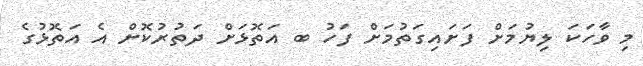
މި ވާހަކަ ލިޔުމަށް ފަށައިގަތުމަށް ފަހު ބ އަތޮޅަށް ދަތުރުކޮށް އެ އަތޮޅުގެ